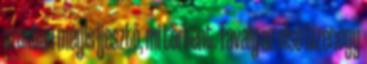
azonban mégis ijesztő, mi történt. Tavaly az első tizenegy